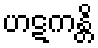
ဟဋကန္တိ